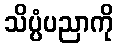
သိပ္ပံပညာကို